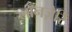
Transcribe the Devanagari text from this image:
लॉनज़ेरि